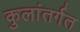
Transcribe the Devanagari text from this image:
कुलांतर्गत